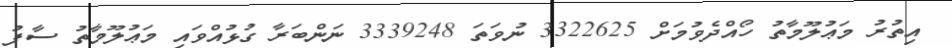
އިތުރު މަޢުލޫމާތު ހޯއްދެވުމަށް 3322625 ނުވަތަ 3339248 ނަންބަރާ ގުޅުއްވައި މަޢުލޫމާތު ސާފު